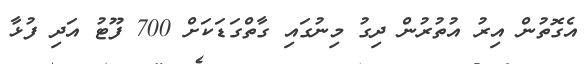
އެގޮތުން އިރު އުތުރުން ދިގު މިނުގައި ގާތްގަޑަކަށް 700 ފޫޓު އަދި ފުޅާ